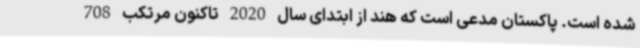
شده است. پاکستان مدعی است که هند از ابتدای سال 2020 تاکنون مرتکب 708